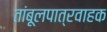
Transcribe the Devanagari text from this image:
तांबूलपात्रवाहक